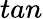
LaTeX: tan